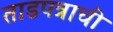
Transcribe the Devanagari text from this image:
ताडपत्राची